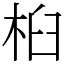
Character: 桕